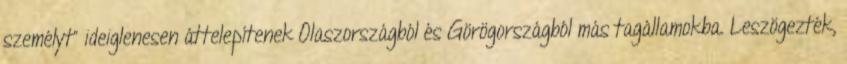
személyt” ideiglenesen áttelepítenek Olaszországból és Görögországból más tagállamokba. Leszögezték,